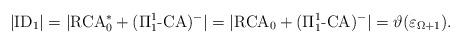
LaTeX: \begin{align*}|\mbox{{\rm ID}}_{1}|=|\mbox{{\rm RCA}}^{*}_{0}+(\Pi^{1}_{1}\mbox{{\rm -CA}})^{-}|=|\mbox{{\rm RCA}}_{0}+(\Pi^{1}_{1}\mbox{{\rm -CA}})^{-}|=\vartheta(\varepsilon_{\Omega+1}).\end{align*}